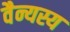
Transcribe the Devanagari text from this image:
वैन्यस्य